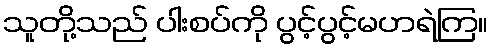
သူတို့သည် ပါးစပ်ကို ပွင့်ပွင့်မဟရဲကြ။